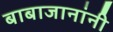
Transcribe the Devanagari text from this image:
बाबाजानांनी